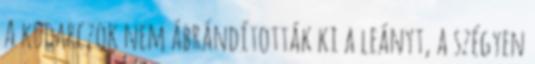
A kudarczok nem ábrándították ki a leányt, a szégyen